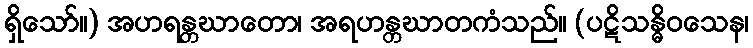
ရှိသော်။) အဟရန္တဃာတော၊ အရဟန္တဃာတကံသည်။ (ပဋိသန္ဓိဝသေန၊